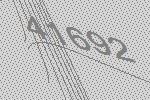
41692